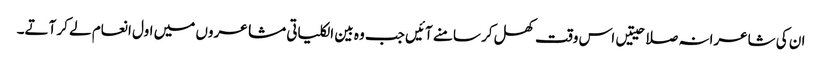
ان کی شاعرانہ صلاحیتیں اس وقت کھل کر سامنے آئیں جب وہ بین الکلیاتی مشاعروں میں اول انعام لے کر آتے۔